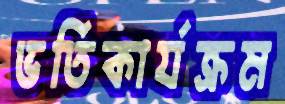
ভর্তিকার্যক্রম